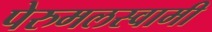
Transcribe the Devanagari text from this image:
पेरुमलस्वामी